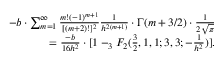
\begin{array} { r l r } & { } & { - b \cdot \sum _ { m = 1 } ^ { \infty } { \frac { m ! ( - 1 ) ^ { m + 1 } } { [ ( m + 2 ) ! ] ^ { 2 } } } { \frac { 1 } { h ^ { 2 ( m + 1 ) } } } \cdot \Gamma ( m + 3 / 2 ) \cdot { \frac { 1 } { 2 \sqrt { \pi } } } } \\ & { } & { = { \frac { - b } { 1 6 h ^ { 2 } } } \cdot [ 1 - _ { 3 } F _ { 2 } ( { \frac { 3 } { 2 } } , 1 , 1 ; 3 , 3 ; - { \frac { 1 } { h ^ { 2 } } } ) ] . } \end{array}